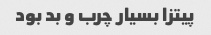
پیتزا بسیار چرب و بد بود